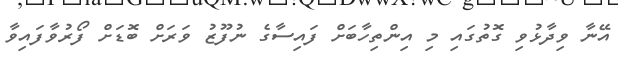
އޭނާ ވިދާޅުވި ގޮތުގައި މި އިންތިހާބަށް ފައިސާގެ ނުފޫޒު ވަރަށް ބޮޑަށް ފޯރުވާފައިވާ